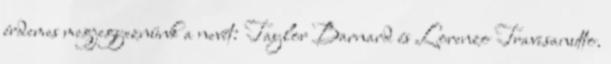
érdemes megjegyeznünk a nevét: Taylor Barnard és Lorenzo Travisanutto.